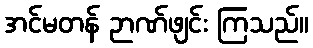
အင်မတန် ဉာဏ်ဖျင်း ကြသည်။